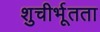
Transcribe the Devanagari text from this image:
शुचीर्भूतता